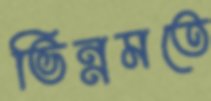
ভিন্নমতে